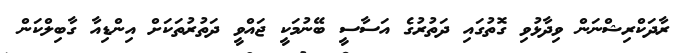
ރާދަކްރިޝްނަން ވިދާޅުވި ގޮތުގައި ދަތުރުގެ އަސާސީ ބޭނުމަކީ ޖައްވީ ދަތުރުތަކަށް އިންޑިއާ ގާބިލްކަން